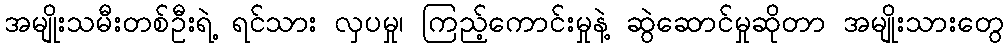
အမျိုးသမီးတစ်ဦးရဲ့ ရင်သား လှပမှု၊ ကြည့်ကောင်းမှုနဲ့ ဆွဲဆောင်မှုဆိုတာ အမျိုးသားတွေ